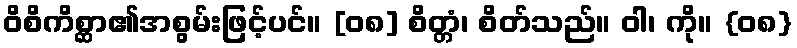
ဝိစိကိစ္ဆာ၏အစွမ်းဖြင့်ပင်။ [၀၈] စိတ္တံ၊ စိတ်သည်။ ဝါ၊ ကို။ {၀၈}